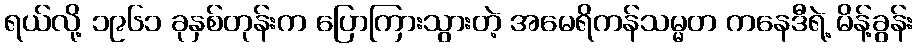
ရယ်လို့ ၁၉၆၁ ခုနှစ်တုန်းက ပြောကြားသွားတဲ့ အမေရိကန်သမ္မတ ကနေဒီရဲ့ မိန့်ခွန်း